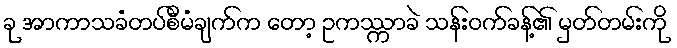
ခု အာကာသခံတပ်စီမံချက်က တော့ ဥကဿ္ကာခဲ သန်းဝက်ခန့်၏ မှတ်တမ်းကို